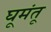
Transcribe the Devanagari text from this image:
घूमंतू